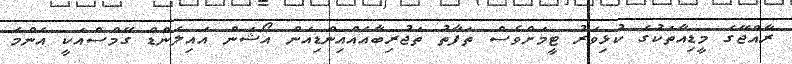
ރާއްޖޭގެ މީޑިއާތަކުގެ ކުޅިވަރު ޓީމަށްވެސް ތަފާތު ތަޖުރިބާއެއްއިންޑިއަން އޯޝަން އައިލެންޑް ގޭމްސްއަކީ އެންމެ